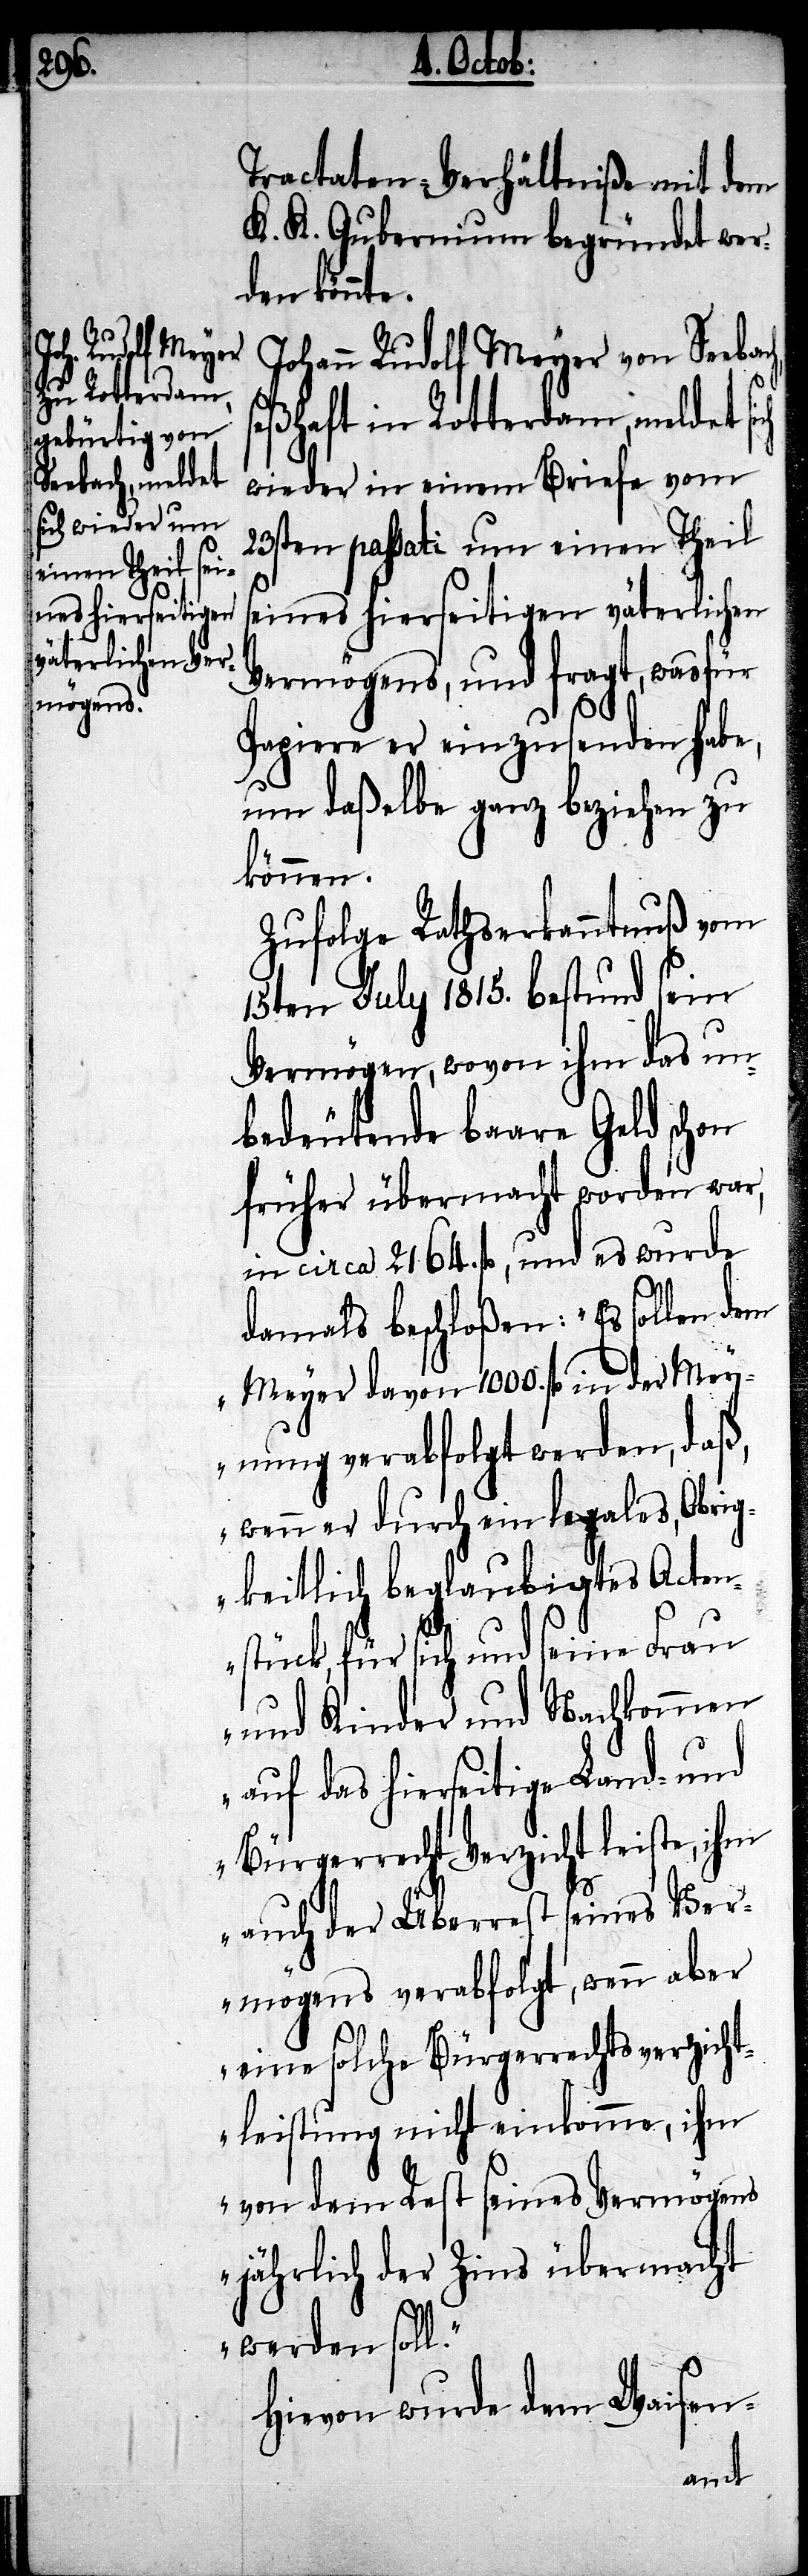
ebach, se¬

Tractaten-Verhältniße mit dem
K. K. Gubernium begründet wer¬
den könnte.
Johann Rudolf Meyer von Se¬
ßhaft in Rotterdam, meldet sich
wieder in einem Briefe vom
23sten passati um einen Theil
seines hierseitigen väterlichen
Vermögens, und fragt, was für
Papiere er einzusenden habe,
um daßelbe ganz beziehen zu
können.
Zufolge Rathserkanntnuß vom
15ten July 1815. bestund sein
Vermögen, wovon ihm das un¬
bedeutende baare Geld schon
früher übermacht worden war,
in circa 2164. fl., und es wurde
damals beschloßen: „ Es sollen dem
Meyer davon 1000. fl. in der Mey¬
nung verabfolgt werden, daß,
wenn er durch ein legales, Obrig¬
keitlich beglaubigtes Acten¬
stück, für sich und seine Frau
und Kinder und Nachkommen
auf das hierseitige Land- und
Bürgerrecht Verzicht leiste, ihm
auch der Überrest seines Ver¬
mögens verabfolgt, wenn aber
eine solche Bürgerrechtsverzicht¬
leistung nicht einkomme, ihm
von dem Rest seines Vermögens
jährlich der Zins übermacht
werden soll.“
Hievon wurde dem Waisen-